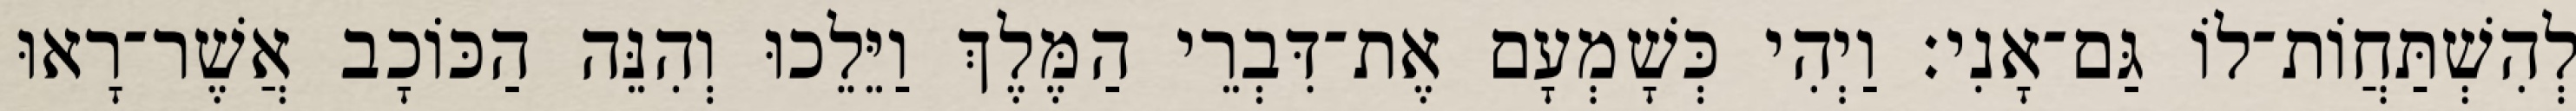
לְהִשְׁתַּחֲוֹת־לוֹ גַּם־אָנִי׃ וַיְהִי כְּשָׁמְעָם אֶת־דִּבְרֵי הַמֶּלֶךְ וַיֵּלֵכוּ וְהִנֵּה הַכּוֹכָב אֲשֶׁר־רָאוּ